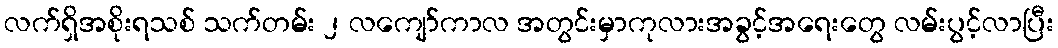
လက်ရှိအစိုးရသစ် သက်တမ်း ၂ လကျော်ကာလ အတွင်းမှာကုလားအခွင့်အရေးတွေ လမ်းပွင့်လာပြီး